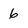
Character: 6